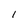
Character: l